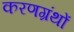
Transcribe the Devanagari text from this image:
करणग्रंथों